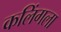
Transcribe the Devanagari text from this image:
कलिंगला